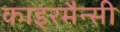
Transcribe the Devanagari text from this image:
काइरमैन्सी